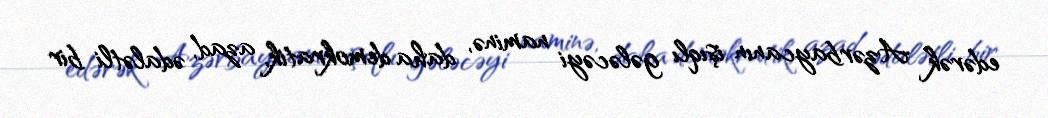
edərək Azərbaycanın işıqlı gələcəyi naminə, daha demokratik, azad, ədalətli bir